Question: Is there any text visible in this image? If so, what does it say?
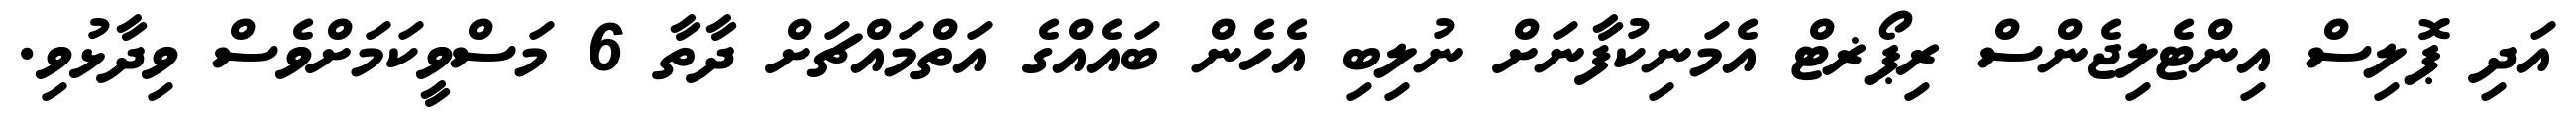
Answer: އަދި ޕޮލިސް އިންޓެލިޖެންސް ރިޕޯޜޓް އެމަނިކުފާނަށް ނުލިބި އެހެން ބައެއްގެ އަތްމައްޗަށް ދާތާ 6 މަސްވީކަމަށްވެސް ވިދާޅުވި.